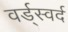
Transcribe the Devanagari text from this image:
वर्ड्स्वर्द